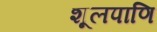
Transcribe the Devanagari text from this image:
शूलपाणि